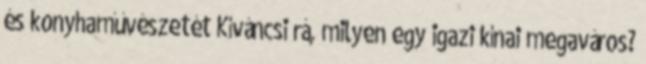
és konyhaművészetét Kíváncsi rá, milyen egy igazi kínai megaváros?